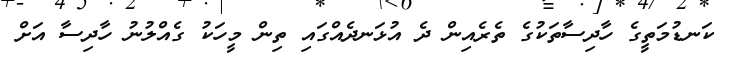
ކަނޑުމަތީގެ ހާދިސާތަކުގެ ތެރެއިން ދެ އުޅަނދެއްގައި ތިން މީހަކު ގެއްލުނު ހާދިސާ އަށް